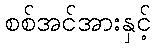
စစ်အင်အားနှင့်